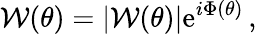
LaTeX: \mathcal{W}(\theta)=|\mathcal{W}(\theta)|\mathrm{{e}}^{i\Phi(\theta)}\, ,